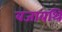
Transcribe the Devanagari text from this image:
बजाबथि